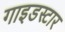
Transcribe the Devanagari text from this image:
गाइडस्टार